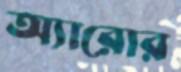
অ্যারোর